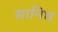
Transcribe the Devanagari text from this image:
सानिध